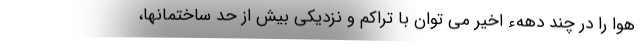
هوا را در چند دههء اخیر می توان با تراکم و نزدیکی بیش از حد ساختمانها،